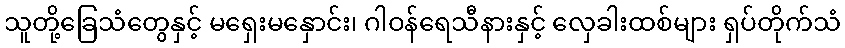
သူတို့ခြေသံတွေနှင့် မရှေးမနှောင်း၊ ဂါဝန်ရေသီနားနှင့် လှေခါးထစ်များ ရှပ်တိုက်သံ